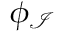
\phi _ { \mathcal { I } }